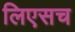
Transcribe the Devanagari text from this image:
लिएसच